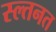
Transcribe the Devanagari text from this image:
स्ल्तनत